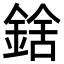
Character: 𨨝